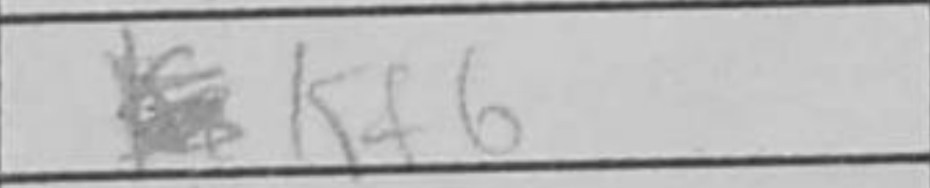
Transcription: Kf6